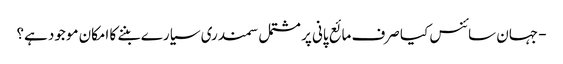
- جہان سائنس کیا صرف مائع پانی پر مشتمل سمندری سیارے بننے کا امکان موجود ہے؟